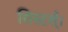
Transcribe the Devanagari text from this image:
सिस्टर्स्।